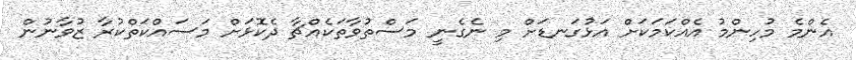
އެންމެ މުހިންމު އެއްކަމަކަށް އަޅުގަނޑަށް މި ނެގެނީ މަސްތުވާތަކެއްޗާ ދެކޮޅަށް މަސައްކަތްކުރާ ޒުވާނުން